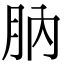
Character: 䶺